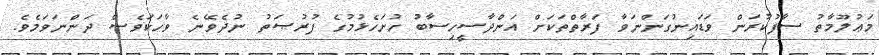
މަޢުލޫމާތު ސާފުކުރަން ވަޑައިނުގަންނަވާ ފަރާތްތަކަށް އަންދާސީހިސާބު ހުށަހެޅުމުގެ ފުރުޞަތު ނުދެވޭނެ ވާހަކަވެސް ދަންނަވަމެވެ.